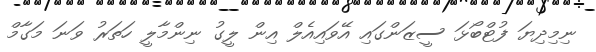
ނިމިދިޔަ ފުޓްބޯޅަ ސީޒަންގައި އޭވައިއެލް އިން ލީގު ނިންމާލީ ހަތަރު ވަނަ މަގާމް